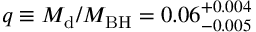
q \equiv { M _ { \mathrm { d } } } / { M _ { \mathrm { B H } } } = 0 . 0 6 _ { - 0 . 0 0 5 } ^ { + 0 . 0 0 4 }